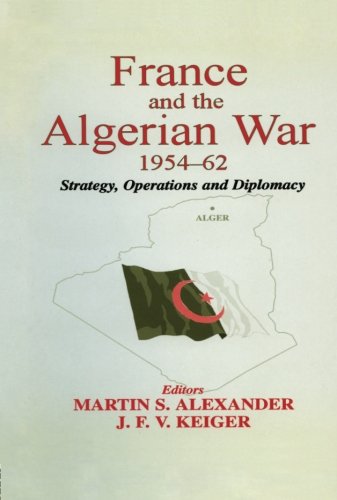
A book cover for France and the Algerian War, 1954-1962: Strategy, Operations and Diplomacy; History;